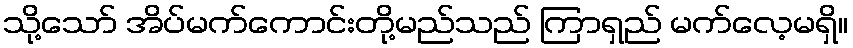
သို့သော် အိပ်မက်ကောင်းတို့မည်သည် ကြာရှည် မက်လေ့မရှိ။